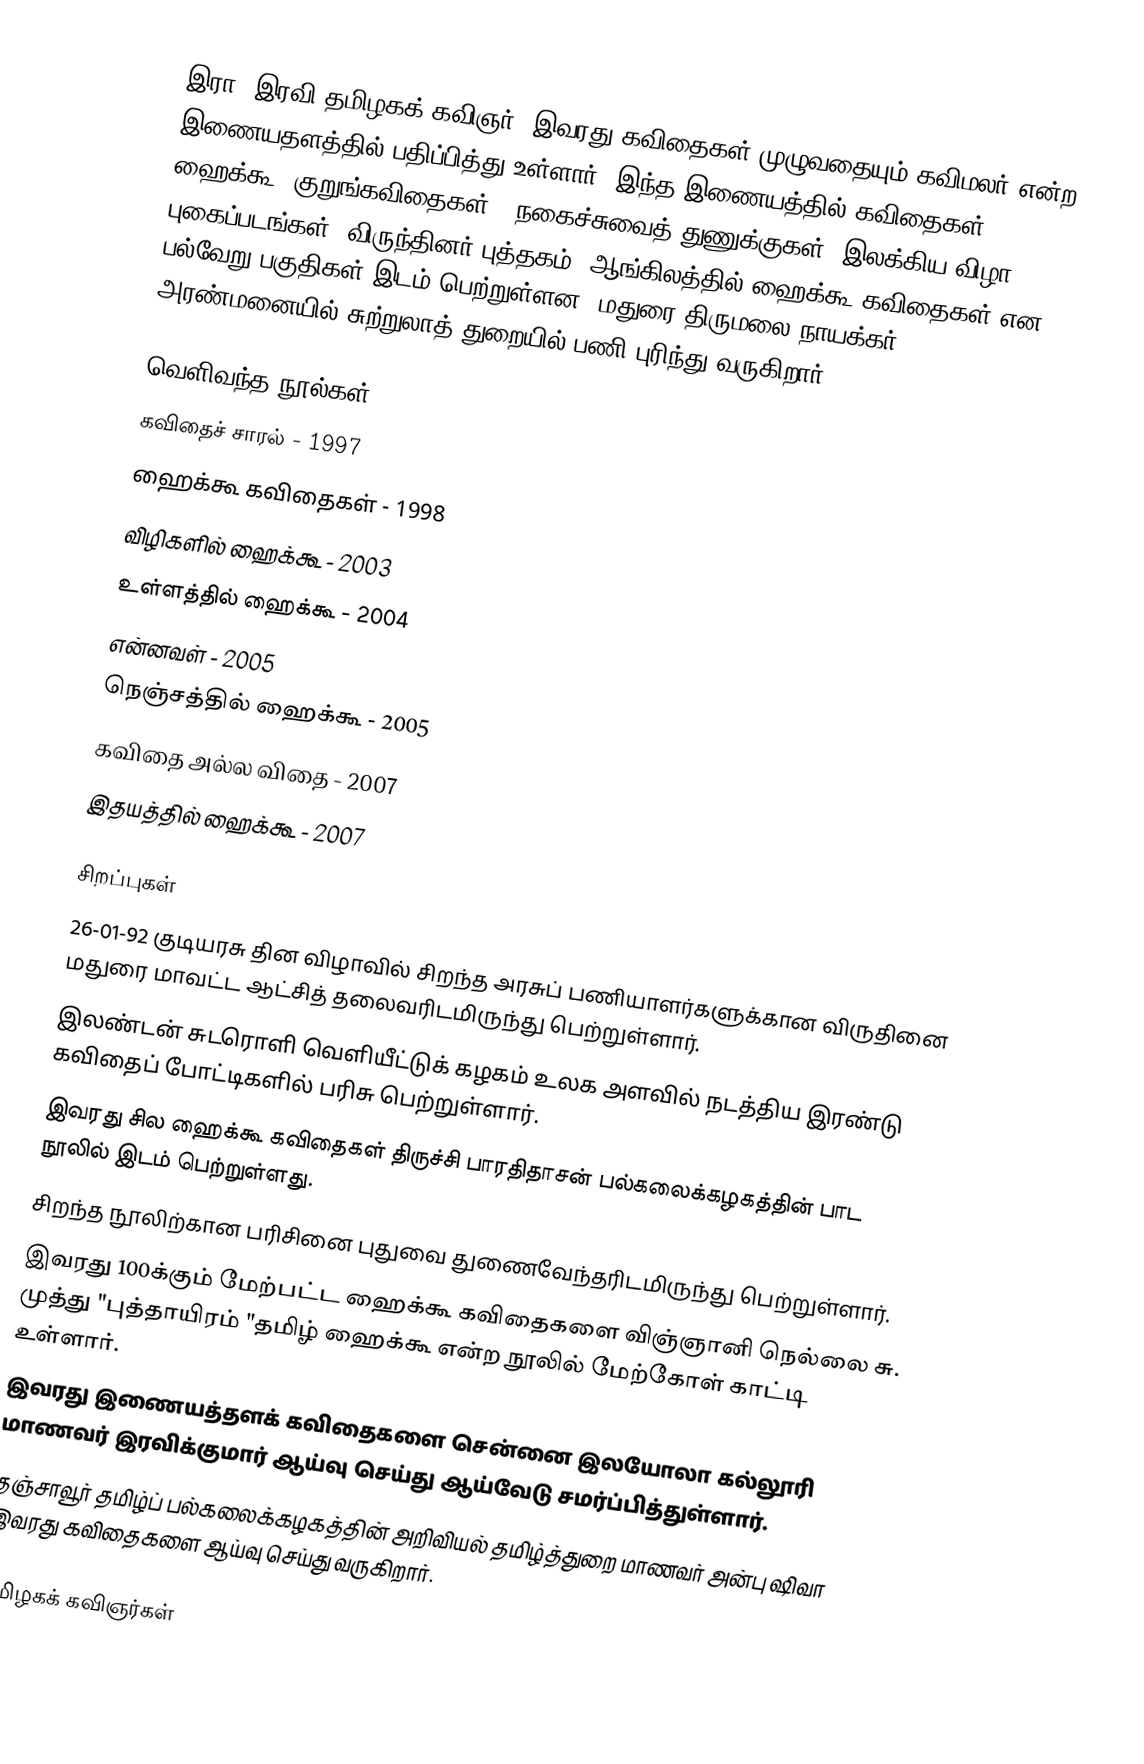
இரா. இரவி தமிழகக் கவிஞர். இவரது கவிதைகள் முழுவதையும் கவிமலர் என்ற இணையதளத்தில் பதிப்பித்து உள்ளார். இந்த இணையத்தில் கவிதைகள், ஹைக்கூ (குறுங்கவிதைகள்), நகைச்சுவைத் துணுக்குகள், இலக்கிய விழா புகைப்படங்கள், விருந்தினர் புத்தகம், ஆங்கிலத்தில் ஹைக்கூ கவிதைகள் என பல்வேறு பகுதிகள் இடம் பெற்றுள்ளன. மதுரை  திருமலை நாயக்கர் அரண்மனையில் சுற்றுலாத் துறையில் பணி புரிந்து வருகிறார்.

வெளிவந்த நூல்கள்
கவிதைச் சாரல் - 1997
ஹைக்கூ கவிதைகள் - 1998
விழிகளில் ஹைக்கூ - 2003
உள்ளத்தில் ஹைக்கூ - 2004
என்னவள் - 2005
நெஞ்சத்தில் ஹைக்கூ - 2005
கவிதை அல்ல விதை - 2007
இதயத்தில் ஹைக்கூ - 2007

சிறப்புகள்
 26-01-92 குடியரசு தின விழாவில் சிறந்த அரசுப் பணியாளர்களுக்கான விருதினை மதுரை மாவட்ட ஆட்சித் தலைவரிடமிருந்து பெற்றுள்ளார்.
 இலண்டன் சுடரொளி வெளியீட்டுக் கழகம் உலக அளவில் நடத்திய இரண்டு கவிதைப் போட்டிகளில் பரிசு பெற்றுள்ளார்.
 இவரது சில ஹைக்கூ கவிதைகள் திருச்சி பாரதிதாசன் பல்கலைக்கழகத்தின் பாட நூலில் இடம் பெற்றுள்ளது.
 சிறந்த நூலிற்கான பரிசினை புதுவை துணைவேந்தரிடமிருந்து பெற்றுள்ளார்.
 இவரது 100க்கும் மேற்பட்ட ஹைக்கூ கவிதைகளை விஞ்ஞானி நெல்லை சு. முத்து "புத்தாயிரம் "தமிழ் ஹைக்கூ என்ற நூலில் மேற்கோள் காட்டி உள்ளார்.
 இவரது இணையத்தளக் கவிதைகளை சென்னை இலயோலா கல்லூரி மாணவர் இரவிக்குமார் ஆய்வு செய்து ஆய்வேடு சமர்ப்பித்துள்ளார்.
 தஞ்சாவூர் தமிழ்ப் பல்கலைக்கழகத்தின் அறிவியல் தமிழ்த்துறை மாணவர் அன்பு ஷிவா இவரது கவிதைகளை ஆய்வு செய்து வருகிறார்.

தமிழகக் கவிஞர்கள்